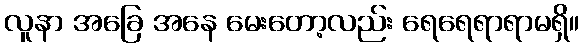
လူနာ အခြေ အနေ မေးတော့လည်း ရေရေရာရာမရှိ။